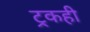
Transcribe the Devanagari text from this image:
ट्रकही